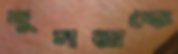
দুসরাকে